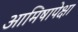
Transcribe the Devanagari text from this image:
आमिषापेक्षा